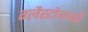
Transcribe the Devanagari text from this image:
ग्लैस्टोनबरी